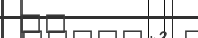
٤٥